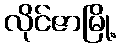
လိုင်ဇာမြို့